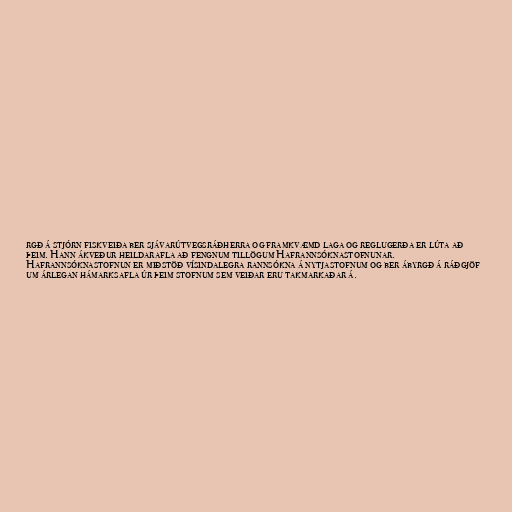
rgð á stjórn fiskveiða ber sjávarútvegsráðherra og framkvæmd laga og reglugerða er lúta að
þeim. Hann ákveður heildarafla að fengnum tillögum Hafrannsóknastofnunar.
Hafrannsóknastofnun er miðstöð vísindalegra rannsókna á nytjastofnum og ber ábyrgð á ráðgjöf
um árlegan hámarksafla úr þeim stofnum sem veiðar eru takmarkaðar á.